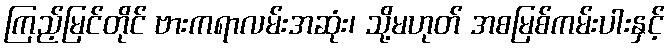
ကြည့်မြင်တိုင် ဗားကရာလမ်းအဆုံး၊ သို့မဟုတ် အစမြစ်ကမ်းပါးနှင့်